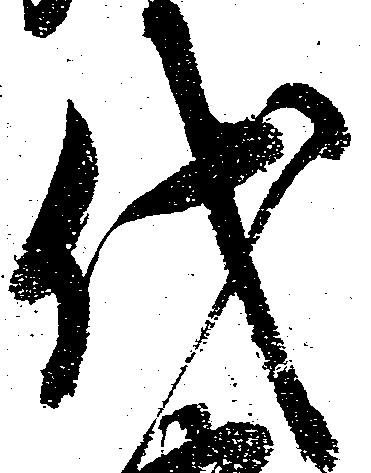
代